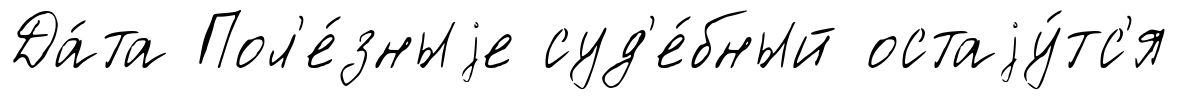
Да́та Пол'е́зныjе суд'е́бный остаjу́тс'я